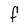
Character: F